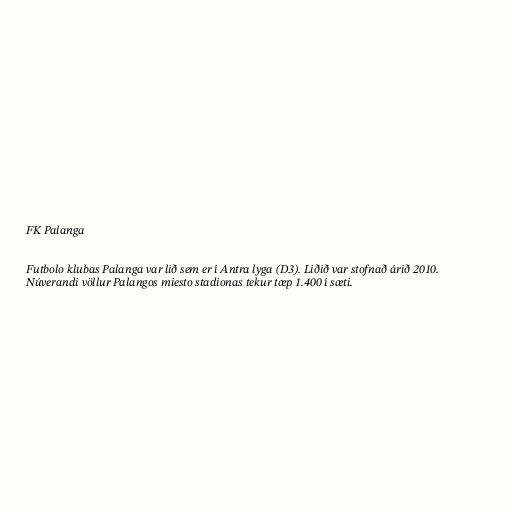
FK Palanga

Futbolo klubas Palanga var lið sem er í Antra lyga (D3). Liðið var stofnað árið 2010.
Núverandi völlur Palangos miesto stadionas tekur tæp 1.400 í sæti.